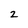
Character: 2